Vaccination North-Western Provinces and Oudh 1878-1895 - 1878-1895
Year: 1878
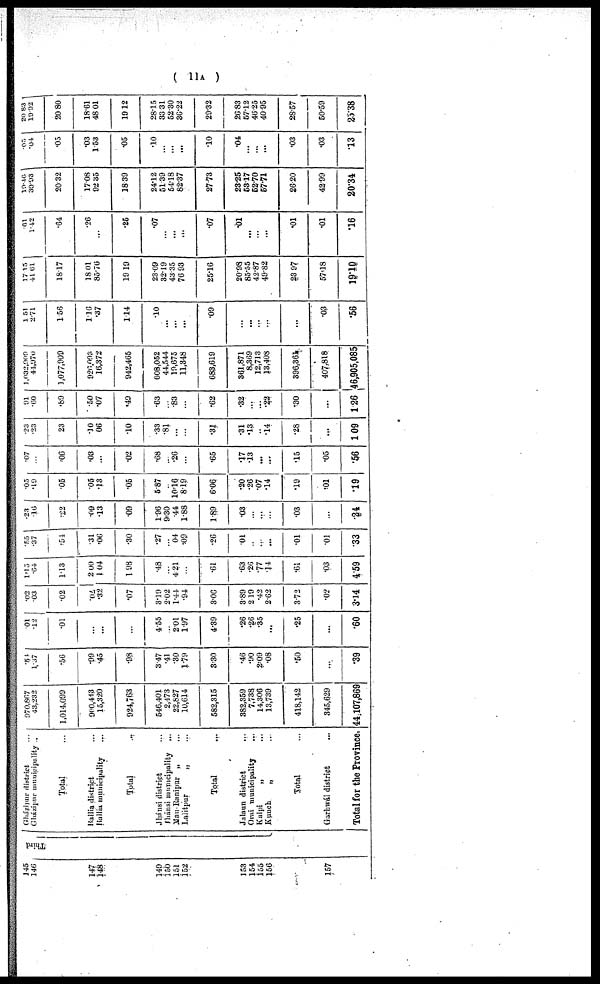
(
11A)
145
146
147
148
149
150
151
152
153
154
155
156
157
Third
Gházipur district ...
Gházipur municipality ...
Total ...
Ballia district ...
Ballia municipality ...
Total
...
Jhánsi district ...
Jhánsi municipality ...
Mau-Ranipur „ ...
Lalitpur
„ ...
Total ...
Jalaun district ...
Orai municipality ...
Kalpi
„ ...
Kunch
„ ...
Total ...
Garhwál district
...
Total for the Province,
970,867
43,232
1,014,099
900,443
15,320
924,763
546,401
2,473
22,827
10,614
582,315
382,359
7,738
14,306
13,739
418,142
345,629
44,107,869
.54
1.37
.56
.99
.45
.98
3.47
.41
.30
1.79
3.30
.46
.90
2.09
.08
.50
...
.39
.01
12
.01
...
...
...
4.55
...
2.01
1.97
4.39
.26
.26
.35
...
.25
...
.60
.02
.03
.02
.02
.32
.07
3.19
2.02
1.44
.94
3.06
3.89
2.19
.42
262
3.72
.02
3.14
1.15
.64
1.13
2.00
1.04
1.98
.48
...
4.21
...
.61
.63
.26
.77
.14
.61
.03
4.59
.55
.37
.54
.31
.06
.30
.27
...
.04
.09
.26
.01
...
...
...
.01
.01
.33
.23
.16
.22
.09
.13
.09
1.96
9.30
.44
1.88
1.89
.03
...
...
...
.03
...
.24
.05
.19
.05
.05
.13
.05
5.87
...
10.16
8.19
6.06
.20
.26
.07
.14
.19
.01
.19
.07
...
.06
.03
...
.02
.68
...
.26
...
.65
.17
.13
...
...
.15
.05
.56
.23
.23
.23
.10
.06
10
.33
.81
...
...
.31
.31
.13
...
.14
.28
...
1.09
91
.60
.89
.50
.07
.49
.63
...
.83
...
.62
.32
...
...
.22
.30
...
1.26
1,032,909
41,970
1,077,909
926,093
16,372
942,465
608,052
44,544
19,675
11,348
683,619
361,871
8,369
12,713
13,408
396,361
407,818
46,905,085
1.51
2.71
1.56
1.16
.37
1.14
.10
...
...
...
.09
...
... ...
...
...
.03
.56
17.15
41.61
18.17
18.01
85.76
19.19
23.09
32.19
43.35
76.93
25.16
20.98
85.55
42.87
49.82
23.97
57.18
19.10
.61
1.42
.64
.26
...
.25
.07
...
...
...
.07
.01
... ...
...
.01
.01
.16
19.46
39.93
20.32
17.08
92.35
18.39
24.12
51.39
54.18
82.37
27.73
23.25
53.17
52.70
57.71
26.20
42.99
20.34
.05
.04
.05
.03
1.53
.05
.10
...
...
...
.10
.04
...
...
...
.03
.03
.13
20.83
10.92
20.80
18.61
48.01
19.12
28.15
33.31
52.30
36.22
29.32
26.83
57.12
46.25
40.95
28.57
50.59
25.38